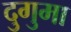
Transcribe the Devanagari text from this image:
दुगुमा